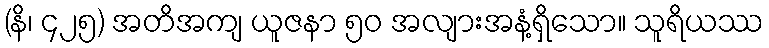
(နိ၊ ၄၂၅) အတိအကျ ယူဇနာ ၅၀ အလျားအနံ့ရှိသော။ သူရိယဿ